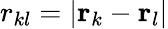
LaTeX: r_{kl}=|\mathbf{r}_{k}-\mathbf{r}_{l}|